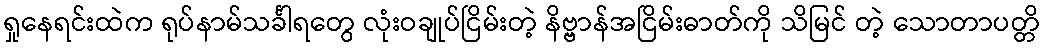
ရှုနေရင်းထဲက ရုပ်နာမ်သင်္ခါရတွေ လုံးဝချုပ်ငြိမ်းတဲ့ နိဗ္ဗာန်အငြိမ်းဓာတ်ကို သိမြင် တဲ့ သောတာပတ္တိ